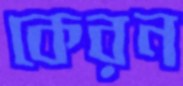
কেরন